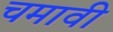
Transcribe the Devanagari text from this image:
चमावी